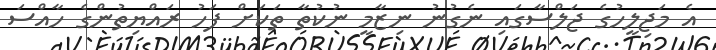
އެ މަޖިލީހުގެ ޖަލްސާގައި ނެގުނު ނިޒާމީ ނުކުތާ ތަކަށް ފަހު ރައްޔިތުންގެ ހާއްސަ